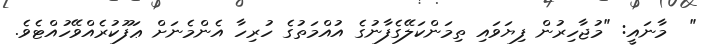
"  މާނައީ: "މުޖާހިރުން ފިޔަވައި ތިމަންކަލޭގެފާނުގެ އުއްމަތުގެ ހުރިހާ އެންމެނަށް ޢަފޫކުރެއްވޭހުއްޓެވެ.